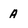
Character: A